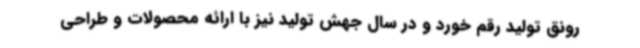
رونق تولید رقم خورد و در سال جهش تولید نیز با ارائه محصولات و طراحی